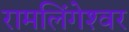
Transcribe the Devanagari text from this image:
रामलिंगेश्‍वर